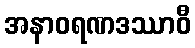
အနာဝရဏဒဿာဝီ